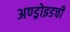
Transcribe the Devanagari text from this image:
अण्ड्रोइडची